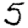
Digit: 5